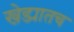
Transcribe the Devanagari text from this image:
खेड्यातच